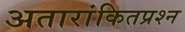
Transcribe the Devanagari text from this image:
अतारांकितप्रश्न